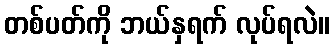
တစ်ပတ်ကို ဘယ်နှရက် လုပ်ရလဲ။